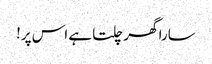
سارا گھر چلتا ہے اس پر!